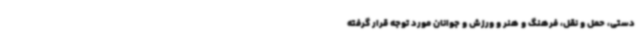
دستی، حمل و نقل، فرهنگ و هنر و ورزش و جوانان مورد توجه قرار گرفته